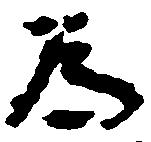
為